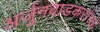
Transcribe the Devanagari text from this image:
अर्जुनवाडकरांच्या